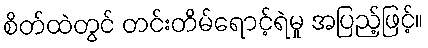
စိတ်ထဲတွင် တင်းတိမ်ရောင့်ရဲမှု အပြည့်ဖြင့်။